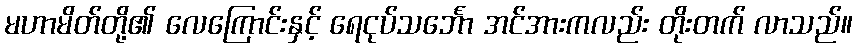
မဟာမိတ်တို့၏ လေကြောင်းနှင့် ရေငုပ်သင်္ဘော အင်အားကလည်း တိုးတက် လာသည်။